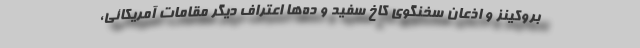
بروکینز و اذعان سخنگوی کاخ سفید و ده‌ها اعتراف دیگر مقامات آمریکائی،